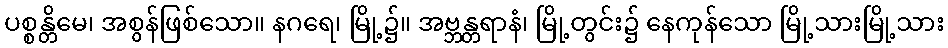
ပစ္စန္တိမေ၊ အစွန်ဖြစ်သော။ နဂရေ၊ မြို့၌။ အဗ္ဘန္တရာနံ၊ မြို့တွင်း၌ နေကုန်သော မြို့သားမြို့သား